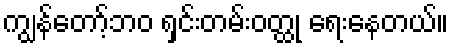
ကျွန်တော့်ဘဝ ရှင်းတမ်းဝတ္ထု ရေးနေတယ်။